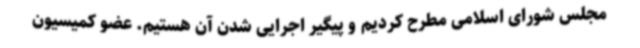
مجلس شورای اسلامی مطرح کردیم و پیگیر اجرایی شدن آن هستیم. عضو کمیسیون